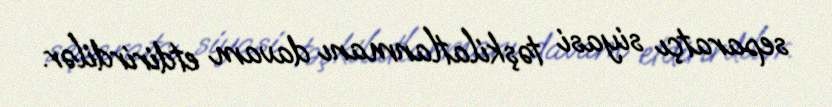
separatçı siyasi təşkilatlanmanı davam etdirirdilər.